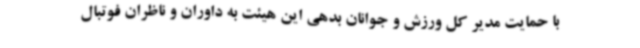
با حمایت مدیر کل ورزش و جوانان بدهی این هیئت به داوران و ناظران فوتبال